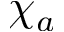
\chi _ { a }